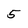
Character: 5